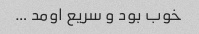
خوب بود و سریع اومد …